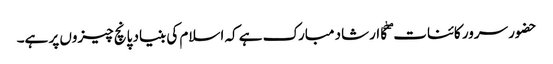
حضور سرور کائنات ۖکا ارشاد مبارک ہے کہ اسلام کی بنیاد پانچ چیزوں پر ہے۔